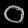
Digit: ၀